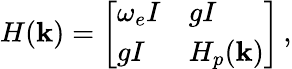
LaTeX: H(\mathbf k)=\left[\begin{array}{ll}{\omega_{e}I}&{gI}\\ {gI}&{H_{p}(\mathbf k)}\end{array}\right]\, ,